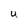
Character: U